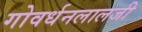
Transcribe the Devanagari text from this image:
गोवर्धनलालजी